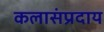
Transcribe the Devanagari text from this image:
कलासंप्रदाय